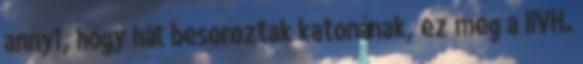
annyi, hogy hát besoroztak katonának, ez meg a IIVH.